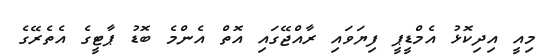
މިއީ އިދިކޮޅު އެމްޑީޕީ ފިޔަވައި ރާއްޖޭގައި އޮތް އެންމެ ބޮޑު ޕާޓީގެ އެތެރޭގެ